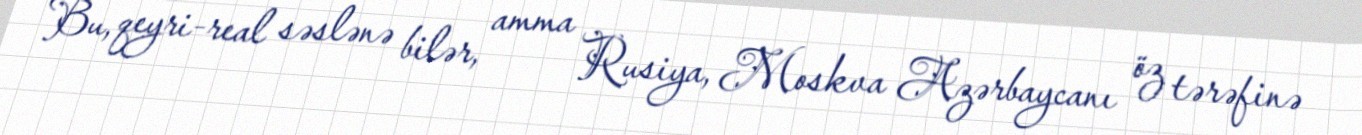
Bu, qeyri-real səslənə bilər, amma Rusiya, Moskva Azərbaycanı öz tərəfinə